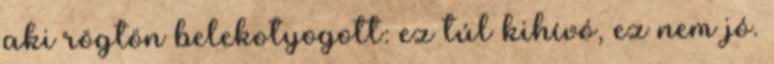
aki rögtön belekotyogott: ez túl kihívó, ez nem jó.